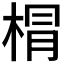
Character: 𣓍